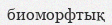
биоморфтық